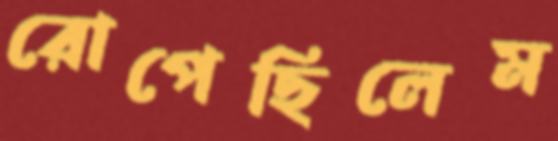
রোপেছিলেম